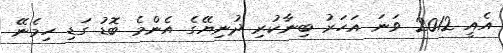
އެއީ 2012 ވަނަ އަހަރު ބިނާކުރި ދުނިޔޭގެ އެންމެ ބޮޑު ގަޑި ހިމެނޭ